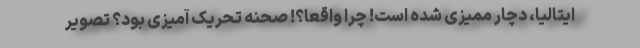
ایتالیا، دچار ممیزی شده است! چرا واقعا؟! صحنه تحریک آمیزی بود؟ تصویر